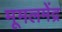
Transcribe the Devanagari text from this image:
मूमलमेंद्र